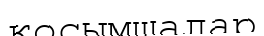
қосымшалар